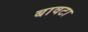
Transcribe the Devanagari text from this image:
बावटा